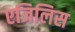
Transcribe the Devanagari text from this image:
एजिलिस